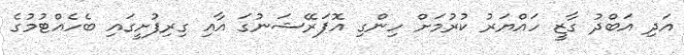
އަދި އަބްދު ގާޒީ ހައްޔަރު ކުރުމަށް ހިންގި އޮޕަރޭޝަނުގަ އާއި ގިރިފުށީގައި ބެހެއްޓުމުގެ